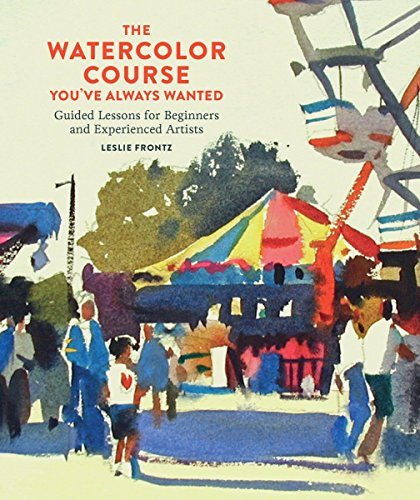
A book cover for The Watercolor Course You've Always Wanted: Guided Lessons for Beginners and Experienced Artists; Leslie Frontz; Arts & Photography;